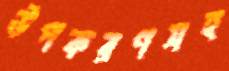
উপকরণসহ